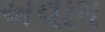
અવામ